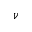
\nu